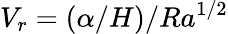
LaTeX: V_{r}=\left(\alpha/H\right)/Ra^{1/2}